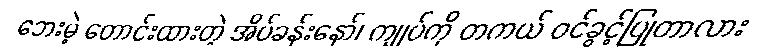
ဘေးမဲ့ တောင်းထားတဲ့ အိပ်ခန်းနော်၊ ကျုပ်ကို တကယ် ဝင်ခွင့်ပြုတာလား